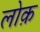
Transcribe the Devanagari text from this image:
लोक़